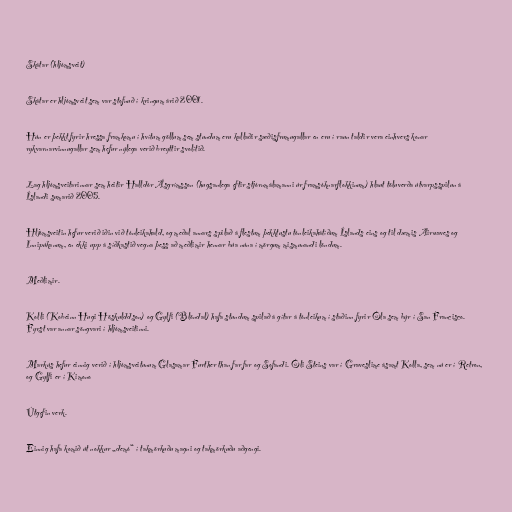
Skátar (hljómsveit)

Skátar er hljómsveit sem var stofnuð í kringum árið 2001.

Hún er þekkt fyrir hressa framkomu í hvítum göllum sem stundum eru kallaðir sæðisfrumugallar en eru í raun taldir vera einhvers konar
rykvarnarvinnugallar sem hefur nýlega verið breyttir svolítið.

Lag hljómsveitarinnar sem heitir Halldór Ásgrímsson (hugsanlega eftir stjórnmálamanni úr framsóknarflokkinum) hlaut töluverða útvarpsspilun á
Íslandi sumarið 2005.

Hljómsveitin hefur verið iðin við tónleikahald, og meðal annars spilað á flestum þekktustu tónleikahátíðum Íslands eins og til dæmis Airwaves og
Innipúkanum, en ekki upp á síðkastið vegna þess að meðlimir hennar búa núna í mörgum mismunandi löndum.

Meðlimir.

Kolli (Kobeinn Hugi Höskulddson) og Gylfi (Blöndal) hafa stundum spilað á gítar á tónleikum í staðinn fyrir Óla sem býr í San Francisco.
Fyrst var annar söngvari í hljómsveitinni.

Markús hefur einnig verið í hljómsveitunum Glasamar Further than far far og Sofandi. Óli Steins var í Graveslime ásamt Kolla, sem nú er í Retron,
og Gylfi er í Kimono

Útgefin verk.

Einnig hafa komið út nokkur „demó“ í takmörkuðu magni og takmörkuðu aðgengi.